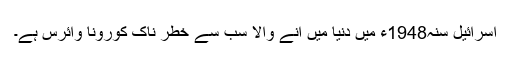
اسرائیل سنہ1948ء میں دنیا میں آنے والا سب سے خطر ناک کورونا وائرس ہے۔